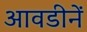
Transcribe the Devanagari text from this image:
आवडीनें